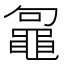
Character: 𪓟